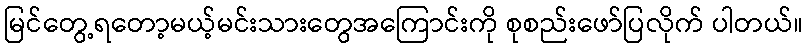
မြင်တွေ့ရတော့မယ့်မင်းသားတွေအကြောင်းကို စုစည်းဖော်ပြလိုက် ပါတယ်။